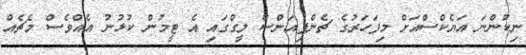
ނިކުންނަ އަޔެކްސްއަށް މިފަހަރުގެ ޗެންޕިއަންސް ލީގްގައި އެ ޓީމުން ކުޅުނު އެއްވެސް މެޗެއް